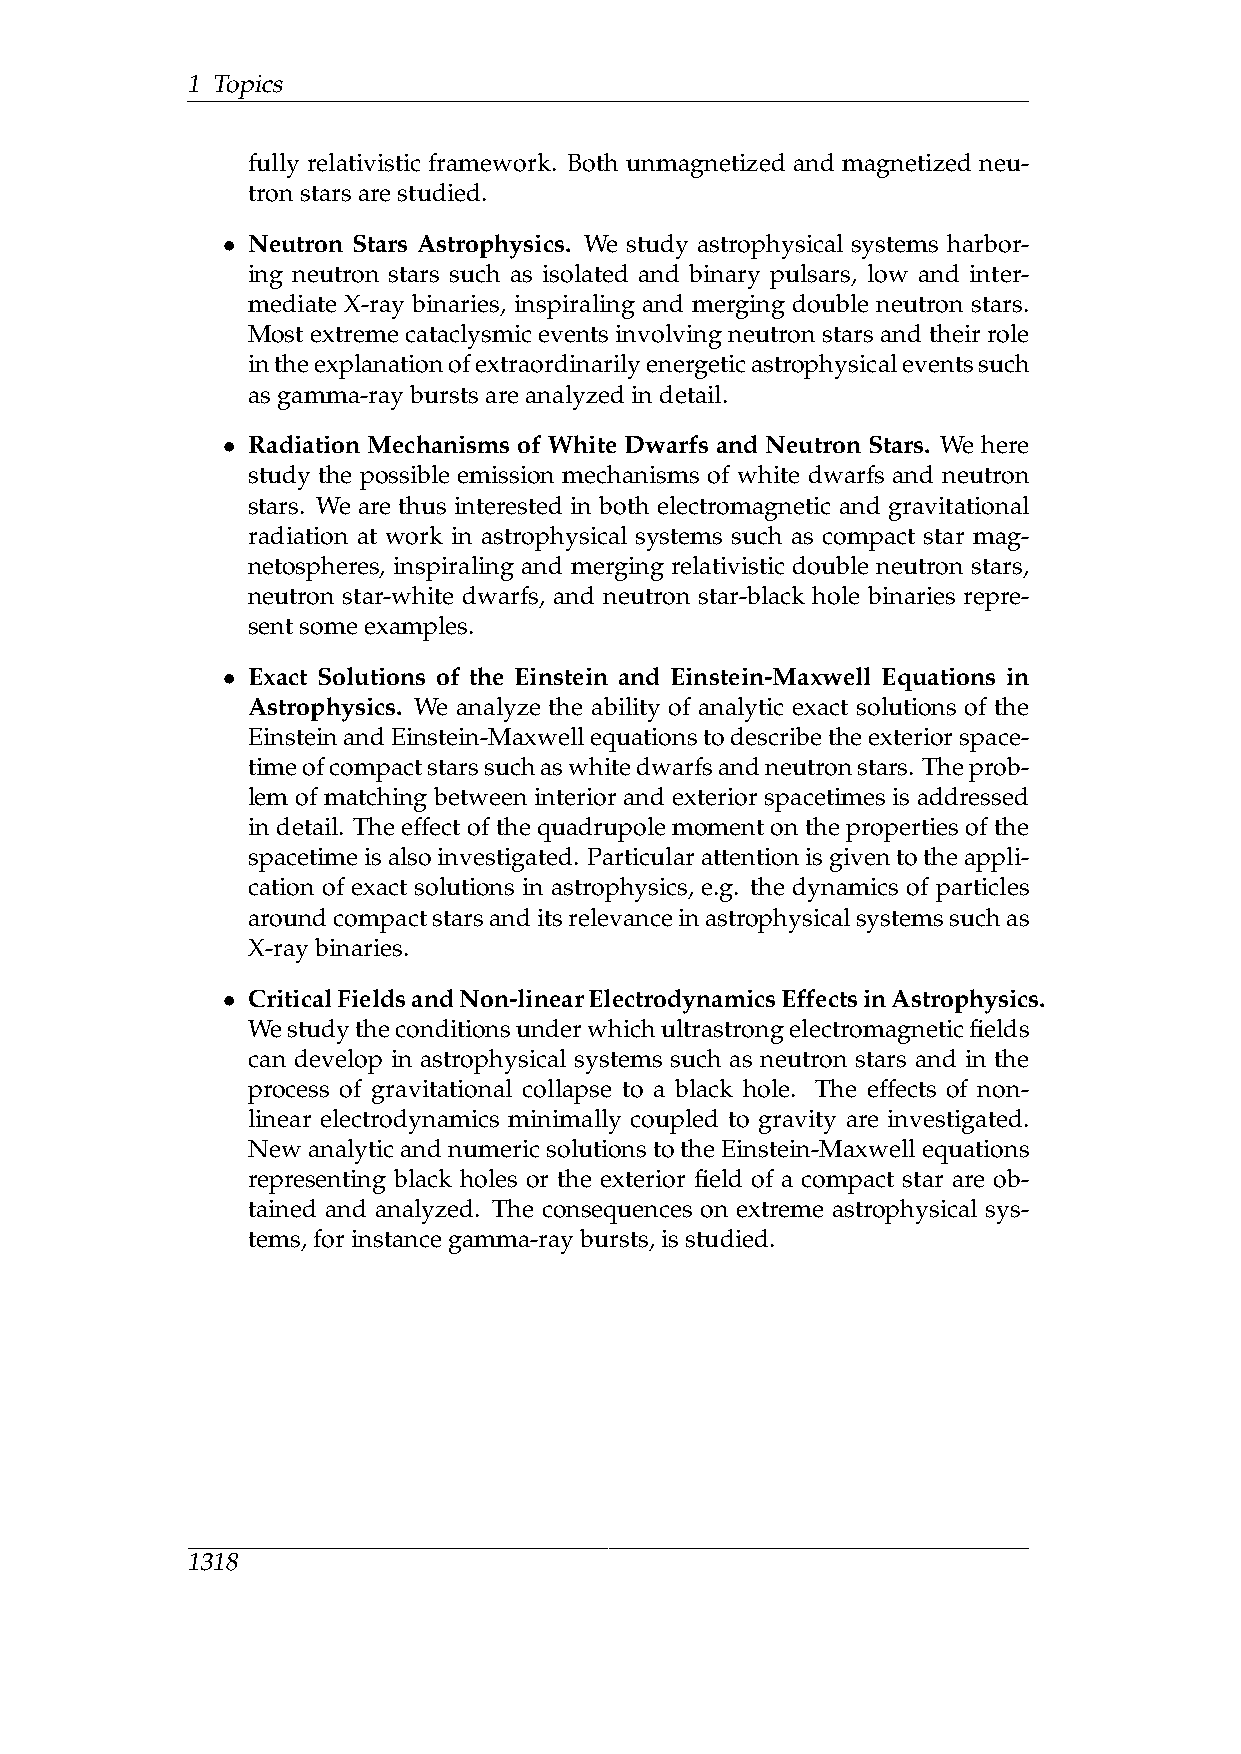
1 Topics
 fully relativistic framework. Both unmagnetized and magnetized neu-
 tronstarsarestudied.
 Neutron Stars Astrophysics. We study astrophysical systems harbor-
 •
 ing neutron stars such as isolated and binary pulsars, low and inter-
 mediate X-ray binaries, inspiraling and merging double neutron stars.
 Most extreme cataclysmic events involving neutron stars and their role
 intheexplanationofextraordinarilyenergeticastrophysicaleventssuch
 asgamma-rayburstsareanalyzedindetail.
 Radiation Mechanisms of White Dwarfs and Neutron Stars. We here
 •
 study the possible emission mechanisms of white dwarfs and neutron
 stars. We are thus interested in both electromagnetic and gravitational
 radiation at work in astrophysical systems such as compact star mag-
 netospheres, inspiraling and merging relativistic double neutron stars,
 neutron star-white dwarfs, and neutron star-black hole binaries repre-
 sentsomeexamples.
 Exact Solutions of the Einstein and Einstein-Maxwell Equations in
 •
 Astrophysics. We analyze the ability of analytic exact solutions of the
 EinsteinandEinstein-Maxwellequationstodescribetheexteriorspace-
 timeofcompactstarssuchaswhitedwarfsandneutronstars. Theprob-
 lem of matching between interior and exterior spacetimes is addressed
 in detail. The effect of the quadrupole moment on the properties of the
 spacetimeisalsoinvestigated. Particularattentionisgiventotheappli-
 cation of exact solutions in astrophysics, e.g. the dynamics of particles
 aroundcompactstarsanditsrelevanceinastrophysicalsystemssuchas
 X-raybinaries.
 CriticalFieldsandNon-linearElectrodynamicsEffectsinAstrophysics.
 •
 Westudytheconditionsunderwhichultrastrongelectromagneticfields
 can develop in astrophysical systems such as neutron stars and in the
 process of gravitational collapse to a black hole. The effects of non-
 linear electrodynamics minimally coupled to gravity are investigated.
 NewanalyticandnumericsolutionstotheEinstein-Maxwellequations
 representing black holes or the exterior field of a compact star are ob-
 tained and analyzed. The consequences on extreme astrophysical sys-
 tems,forinstancegamma-raybursts,isstudied.
 1318